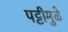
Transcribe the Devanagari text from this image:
पट्टीमुळे